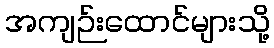
အကျဉ်းထောင်များသို့